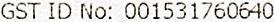
GST ID NO: 001531760640